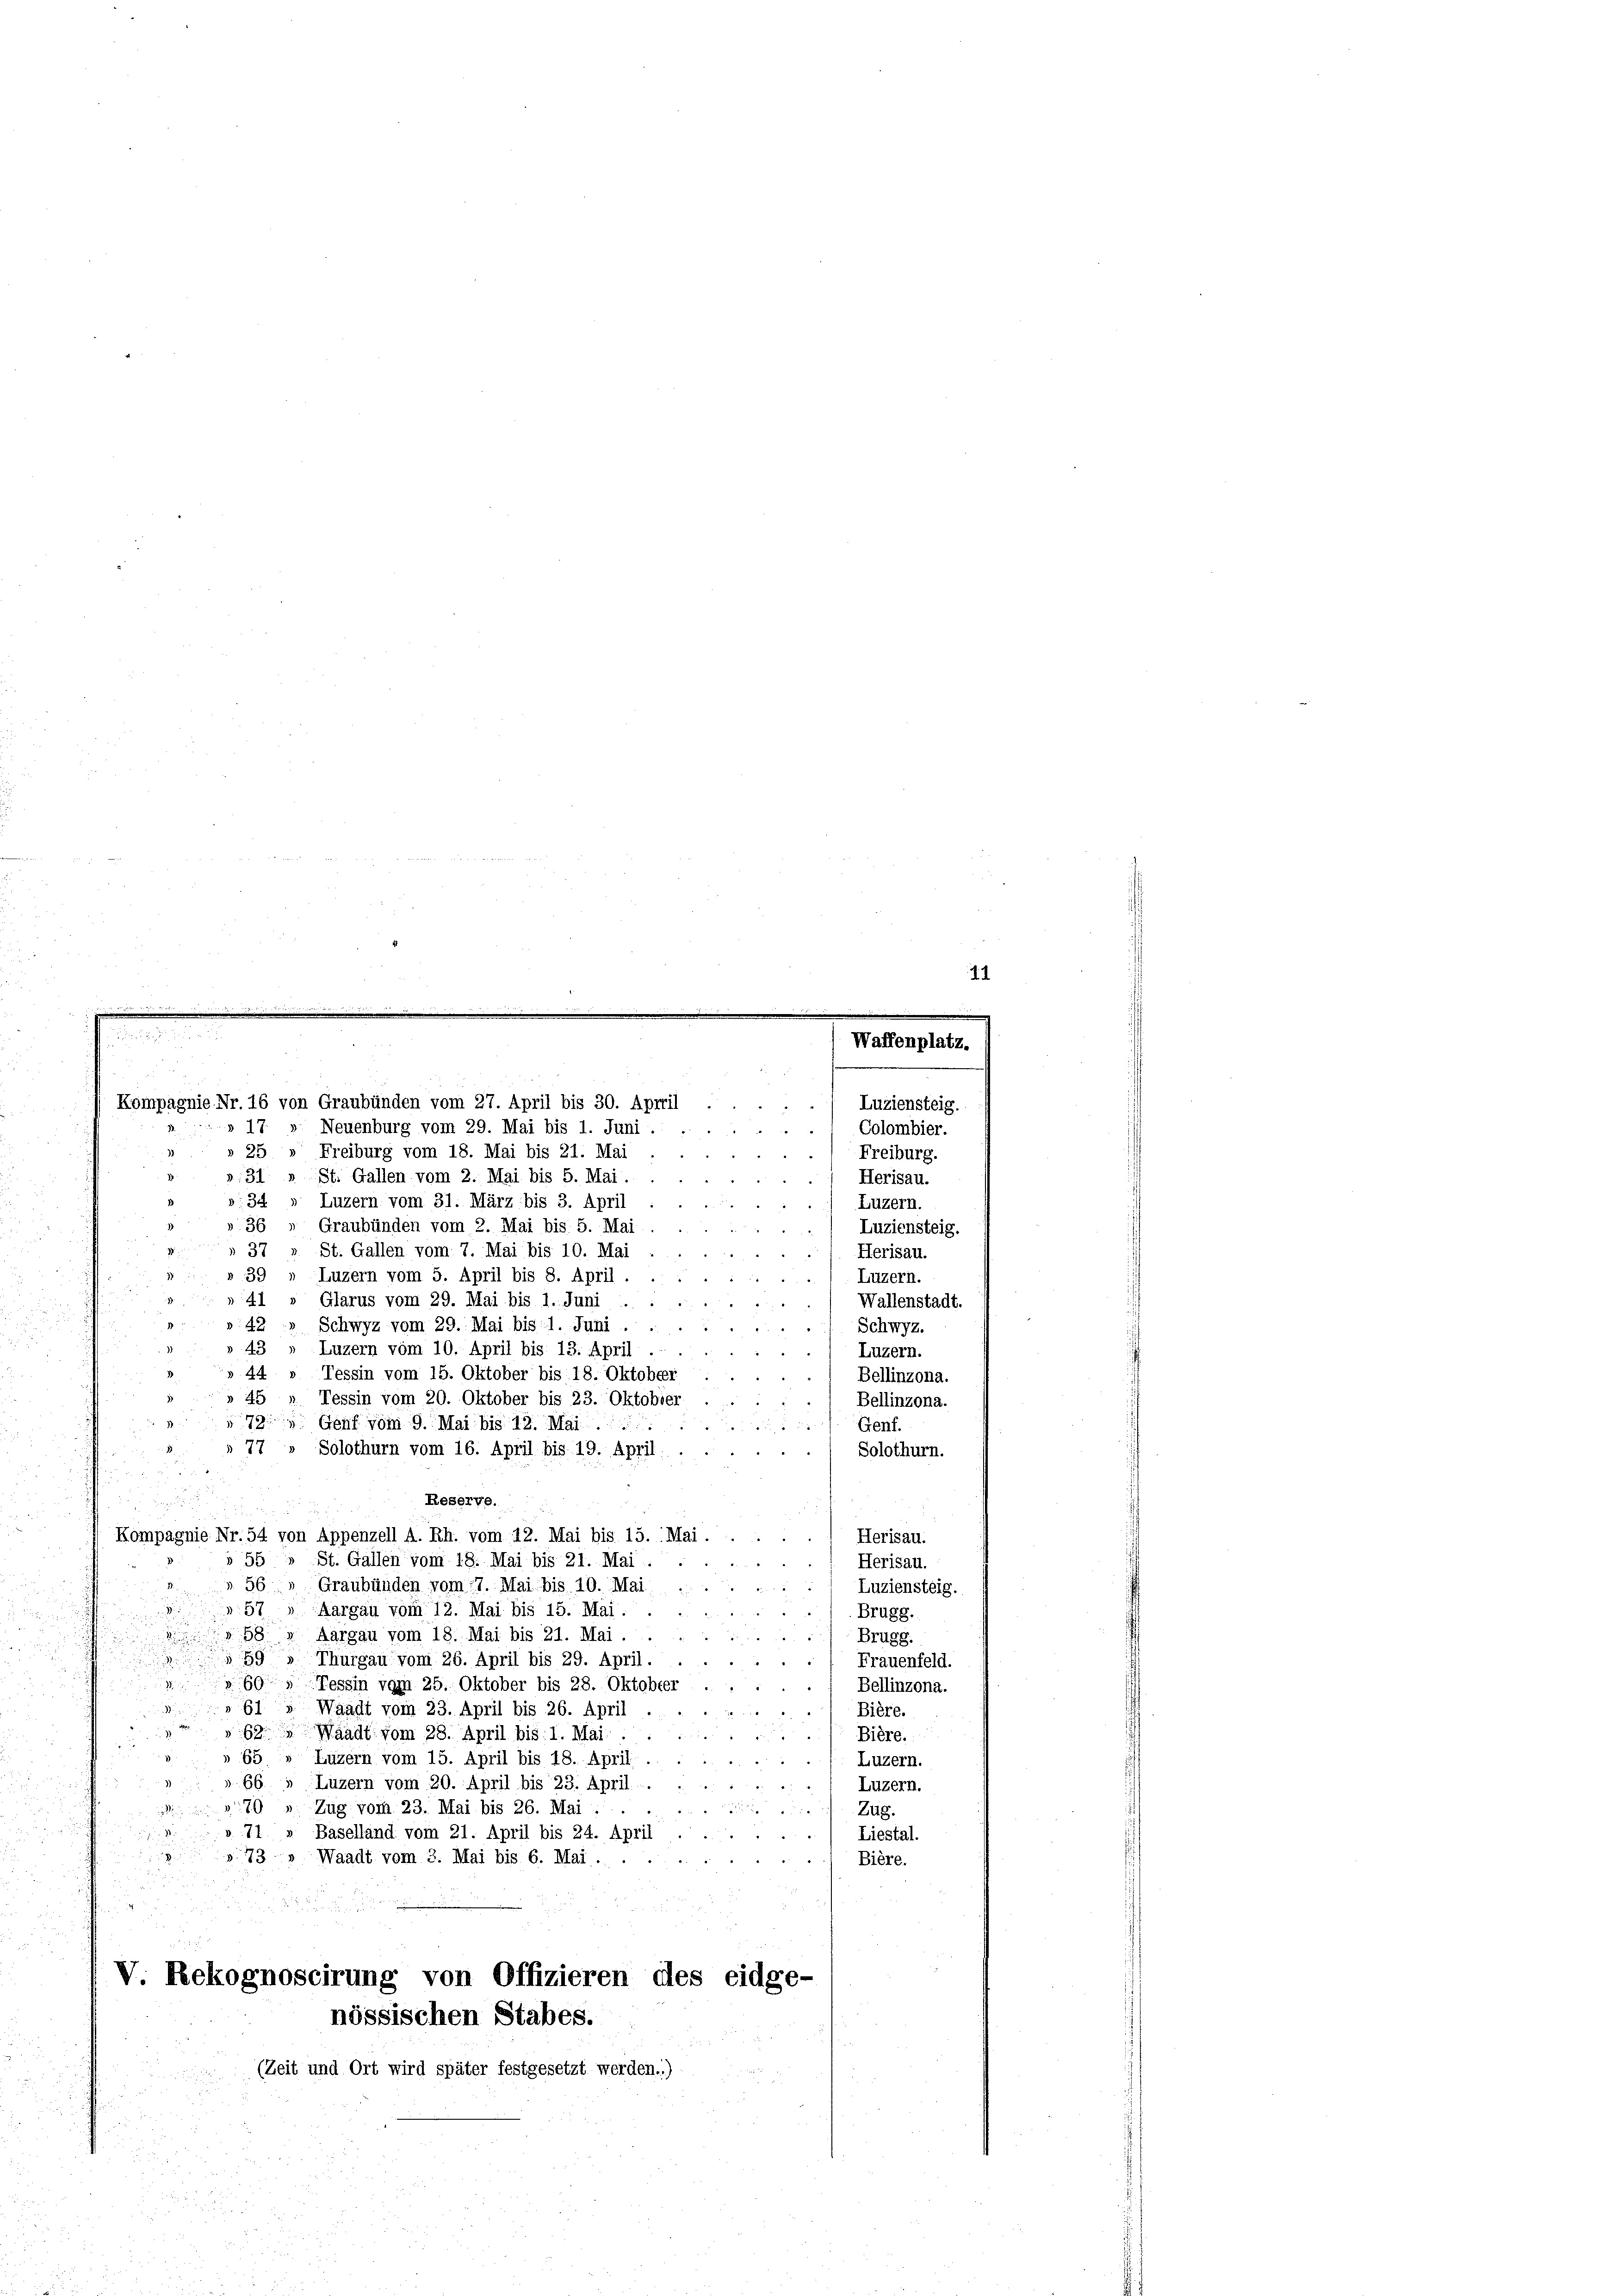
» 25 " Freiburg vom 18. Mai bis 21. Mai
St. Gallen vom 2. Mai bis 5. Mai.
31
Luzern vom 31. März bis 3. April
:34
Graubünden vom 2. Mai bis 5. Mai
St. Gallen vom 7. Mai bis 10. Mai
Luzern vom 5. April bis 8. April
Glarus vom 29. Mai bis 1. Juni
Schwyz vom 29. Mai bis 1. Juni.
42
Luzern vom 10. April bis 13. April
43
44 » Tessin vom 15. Oktober bis 18. Oktober
45
Tessin vom 20. Oktober bis 23. Oktobier
72
Genf vom 9. Mai bis 12. Mai
77
Solothurn vom 16. April bis 19. April.
Reserve.
Kompagnie Nr. 54 von Appenzell A. Rh. vom 12. Mai bis 15. Mai.
.) Herisau.
55 » St. Gallen vom 18. Mai bis 21. Mai . .
u
) Herisau.
56
Graubünden vom 17. Mai bis 10. Mai
Luziensteig.
e
57.
Aargau vom 12. Mai bis 15. Mai.
Brugg.
Aargau vom 18. Mai bis 21. Mai.
2
Brugg.
Thurgau vom 26. April bis 29. April.
Frauenfeld.
Tessin vom 25. Oktober bis 28. Oktobter
Bellinzona.
Waadt vom 23. April bis 26. April.
Bière.
Waadt vom 28. April bis 1. Mai.
Bière.
Luzern vom 15. April bis 18. April.
Luzern.
Luzern vom 20. April bis 23. April.
Luzern.
70
Zug vom 23. Mai bis 26. Mai . .
Zug.
Baselland vom 21. April bis 24. April
Liestal.
73» Waadt vom 3. Mai bis 6. Mai.
Bière.
V Rekognoscirung von Offizieren des eidge-
nössischen Stabes.
(Zeit und Ort wird später festgesetzt werden.)
K

Kompagnie Nr. 16 von Graubünden vom 27. April bis 30. Appril
» 17 » Neuenburg vom 29. Mai bis 1. Juni.

Luziensteig.
Colombier.
Freiburg.
Herisau.
) Luzern.
Luziensteig.
Herisau.
Luzern.
Wallenstadt.
Schwyz.
Luzern.
Bellinzona.
Bellinzona.
Genf.
Solothurn.